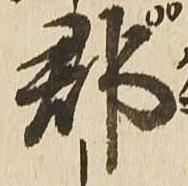
郡